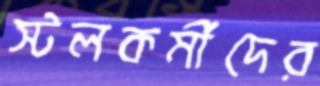
স্টলকর্মীদের